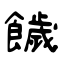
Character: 饖